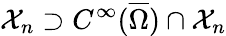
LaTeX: \mathcal X_{n}\supset C^{\infty}(\overline{{\Omega}})\cap\mathcal X_{n}